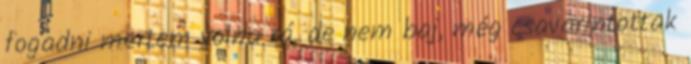
fogadni mertem volna rá, de nem baj, még csavarintottak